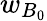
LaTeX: w_{B_{0}}